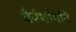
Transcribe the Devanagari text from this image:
धैर्यशौर्याने